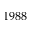
1 9 8 8